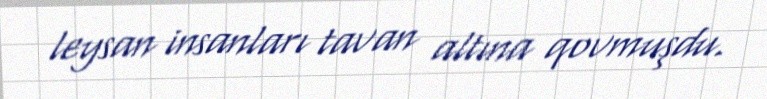
leysan insanları tavan altına qovmuşdu.